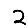
Digit: 2